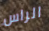
الراس